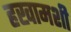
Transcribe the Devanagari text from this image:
हखामशी